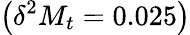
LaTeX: \left(\delta^{2}M_{t}=0.025\right)